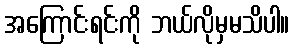
အကြောင်းရင်းကို ဘယ်လိုမှမသိပါ။